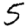
Digit: 5